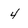
Character: 4